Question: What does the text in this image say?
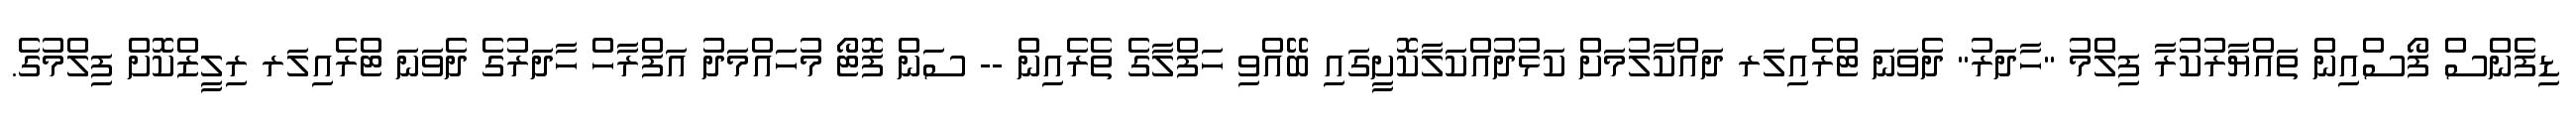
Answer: ޑިފެންސް ފޯސްއިން ތައްޔާރުކުރާ ފިލްމު "ހާދަރު" ދެވަނަ ޓްރެއިލަރ ދައްކާލުމަށް ކަޅުދުއްކަލާކޮށީގައި ބޭއްވި ހަފްލާގެ ތެރެއިން -- ސަން ފޮޓޯ މުހައްމަދު އަފްރާހް ހާދަރުގެ ދެވަނަ ޓްރެއިލަރ ރިލީޒްކޮށް ފިލްމުގެ.